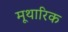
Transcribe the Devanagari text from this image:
मूथारिक